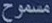
مسموح